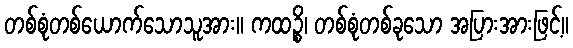
တစ်စုံတစ်ယောက်သောသူအား။ ကထဉ္စိ၊ တစ်စုံတစ်ခုသော အပြားအားဖြင့်။